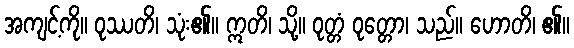
အကျင့်ကို။ ဝုဿတိ၊ သုံး၏။ ဣတိ၊ သို့။ ဝုတ္တံ ဝုတ္တော၊ သည်။ ဟောတိ၊ ၏။